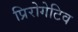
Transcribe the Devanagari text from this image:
प्रिरोगेटिव